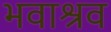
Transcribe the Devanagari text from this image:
भवाश्रव